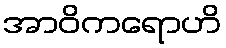
အာဝိကရောဟိ